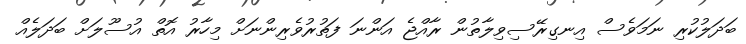
ބަދަލުކުރި ނަމަވެސް އިނގިރޭސިވިލާތުން ރާއްޖެ އަންނަ ފަތުރުވެރިންނަށް މިހާރު އޮތް އުސޫލަށް ބަދަލެއް